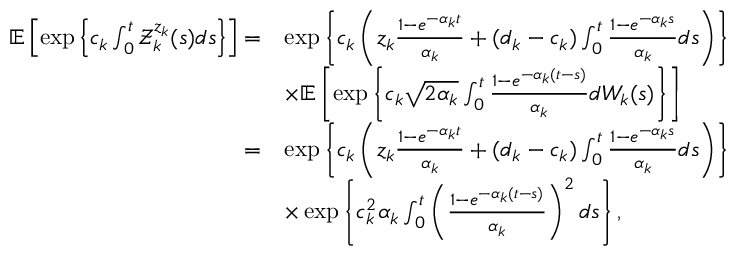
\begin{array} { r l } { \mathbb { E } \left[ \exp \left\{ c _ { k } \int _ { 0 } ^ { t } \mathcal { Z } _ { k } ^ { z _ { k } } ( s ) d s \right\} \right] = } & { \exp \left\{ c _ { k } \left( z _ { k } \frac { 1 - e ^ { - \alpha _ { k } t } } { \alpha _ { k } } + ( d _ { k } - c _ { k } ) \int _ { 0 } ^ { t } \frac { 1 - e ^ { - \alpha _ { k } s } } { \alpha _ { k } } d s \right) \right\} } \\ & { \times \mathbb { E } \left[ \exp \left\{ c _ { k } \sqrt { 2 \alpha _ { k } } \int _ { 0 } ^ { t } \frac { 1 - e ^ { - \alpha _ { k } ( t - s ) } } { \alpha _ { k } } d W _ { k } ( s ) \right\} \right] } \\ { = } & { \exp \left\{ c _ { k } \left( z _ { k } \frac { 1 - e ^ { - \alpha _ { k } t } } { \alpha _ { k } } + ( d _ { k } - c _ { k } ) \int _ { 0 } ^ { t } \frac { 1 - e ^ { - \alpha _ { k } s } } { \alpha _ { k } } d s \right) \right\} } \\ & { \times \exp \left\{ c _ { k } ^ { 2 } \alpha _ { k } \int _ { 0 } ^ { t } \left( \frac { 1 - e ^ { - \alpha _ { k } ( t - s ) } } { \alpha _ { k } } \right) ^ { 2 } d s \right\} , } \end{array}